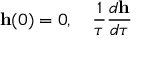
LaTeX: { \bf h } ( 0 ) = 0 , \quad \frac { 1 } { \tau } \frac { d { \bf h } } { d \tau }